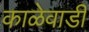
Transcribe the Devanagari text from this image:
काळेवाडी